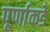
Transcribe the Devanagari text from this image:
पूर्णाकडे